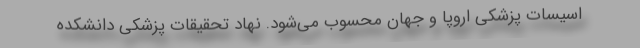
اسیسات پزشکی اروپا و جهان محسوب می‌شود. نهاد تحقیقات پزشکی دانشکده